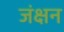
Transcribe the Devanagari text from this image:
जंक्षन